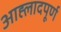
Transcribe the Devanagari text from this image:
आह्लादपूर्ण